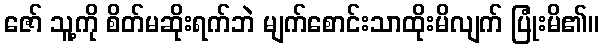
ဇော် သူ့ကို စိတ်မဆိုးရက်ဘဲ မျက်စောင်းသာထိုးမိလျက် ပြုံးမိ၏။